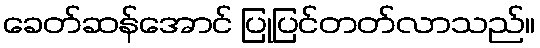
ခေတ်ဆန်အောင် ပြုပြင်တတ်လာသည်။